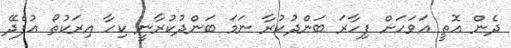
ދެން އޮތީ އަވަހަށް ފިހާރަ ބަންދުކުރާ ނަމަ ބަންދުކުރާނީ ކިހާ އިރަކުތޯ އުފެދޭ